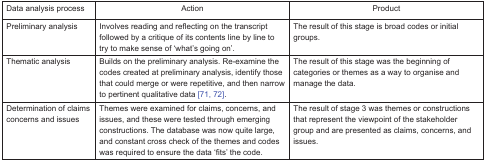
| Data analysis process | Action | Product |
 | --- | --- | --- |
 | Preliminary analysis | Involves reading and reflecting on the transcript followed by a critique of its contents line by line to try to make sense of ‘what’s going on’. | The result of this stage is broad codes or initial groups. |
 | Thematic analysis | Builds on the preliminary analysis. Re-examine the codes created at preliminary analysis, identify those that could merge or were repetitive, and then narrow to pertinent qualitative data [71, 72]. | The result of this stage was the beginning of categories or themes as a way to organise and manage the data. |
 | Determination of claims concerns and issues | Themes were examined for claims, concerns, and issues, and these were tested through emerging constructions. The database was now quite large, and constant cross check of the themes and codes was required to ensure the data ‘fits’ the code. | The result of stage 3 was themes or constructions that represent the viewpoint of the stakeholder group and are presented as claims, concerns, and issues. |